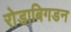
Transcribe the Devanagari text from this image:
रोडाबिगडन